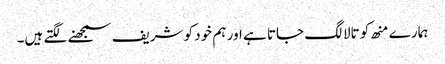
ہمارے منھ کو تالا لگ جاتا ہے اور ہم خود کو شریف سمجھنے لگتے ہیں۔